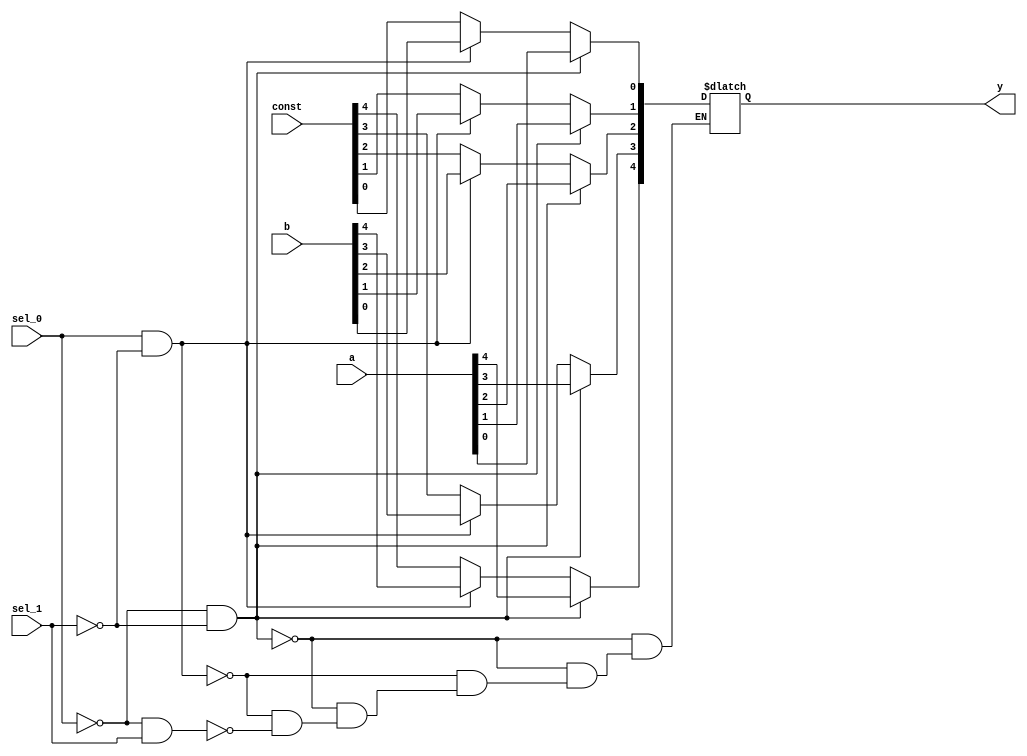
//mux for JAL before register
module mux_5bits (a,b,const,sel_0,sel_1,y);
input [4:0] a;
input [4:0] b;
input [4:0] const;
output [4:0] y;
input  sel_0;
input  sel_1;
reg [4:0] y;
integer i;

always@(a or b or sel_0 or sel_1) 
begin

if( (sel_0 ==1'b0) && (sel_1 ==1'b0) )begin               //select signal should not be 11

for(i=0;i<5;i=i+1) begin
y[i]= a[i];
end

end

else if( (sel_0 ==1'b1) && (sel_1 ==1'b0) ) begin

for(i=0;i<5;i=i+1) begin
y[i]= b[i];
end

end

else if( (sel_0 ==1'b0) && (sel_1 ==1'b1) ) begin

for(i=0;i<5;i=i+1) begin
y[i]= const[i];
end

end

end

endmodule